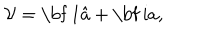
\mathcal { V } = { \mathrm { \bf ~ 1 } } \hat { a } + { \mathrm { \bf ~ i } } a ,